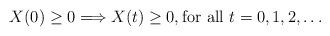
LaTeX: \begin{align*} X(0) \geq 0 \Longrightarrow X(t) \geq 0, \mbox{for all $t=0,1,2,\ldots$}\end{align*}